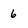
Character: 6